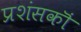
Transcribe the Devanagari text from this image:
प्रशंसकॊं